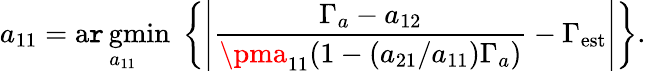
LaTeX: a_{11}=\underset{a_{11}}{\operatorname{a\mathtt{r}gmin}}\; \left\lbrace\left|\frac{{\Gamma_{a}-a_{12}}}{{\pma_{11}(1-(a_{21}/a_{11})\Gamma_{a})}}-\Gamma_{\mathrm{{est}}}\right|\right\rbrace.